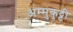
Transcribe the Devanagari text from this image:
अम्मुकुट्टी